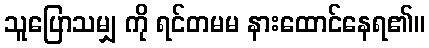
သူပြောသမျှ ကို ရင်တမမ နားထောင်နေရ၏။